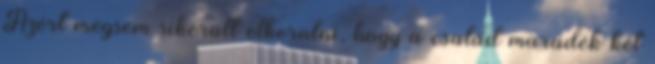
Azért mégsem sikerült elkerülni, hogy a család maradék két